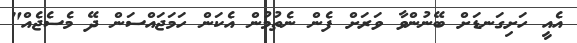
އެއީ ހަށިގަނޑަށް ބޭނުންވާ ވަރަށް ފެން ނެތުމުން އެކަން ހަމަޖައްސަން ދޭ މެސެޖެއް"